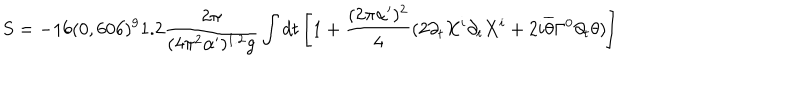
LaTeX: S = - 1 6 ( 0 , 6 0 6 ) ^ { 9 } 1 . 2 \frac { 2 \pi } { ( 4 \pi ^ { 2 } \alpha ^ { \prime } ) ^ { 1 . 2 } g } \int d t \left[ 1 + \frac { ( 2 \pi \alpha ^ { \prime } ) ^ { 2 } } { 4 } ( 2 \partial _ { t } X ^ { i } \partial _ { t } X ^ { i } + 2 i \overline { { { \theta } } } \Gamma ^ { 0 } \partial _ { t } \theta ) \right]